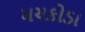
મચકોડા